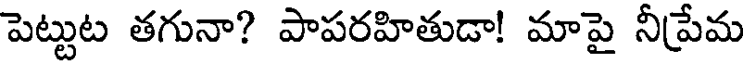
పెట్టుట తగునా? పాపరహితుడా! మాపై నీప్రేమ